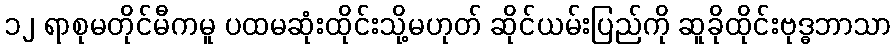
၁၂ ရာစုမတိုင်မီကမူ ပထမဆုံးထိုင်းသို့မဟုတ် ဆိုင်ယမ်းပြည်ကို ဆူခိုထိုင်းဗုဒ္ဓဘာသာ